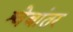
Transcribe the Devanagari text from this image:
श्वेबांतर